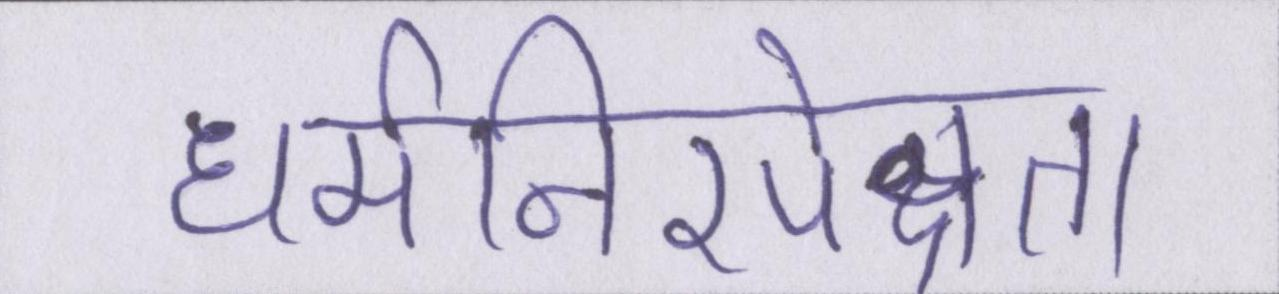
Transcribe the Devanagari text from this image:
धर्मनिरपेक्षता